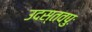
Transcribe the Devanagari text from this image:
उदस्तवपुः